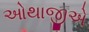
ઓથાજીએ